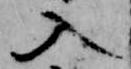
入